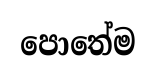
පොතේම